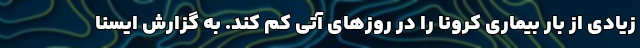
زیادی از بار بیماری کرونا را در روزهای آتی کم کند. به گزارش ایسنا